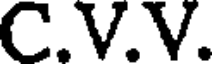
C.V.V.